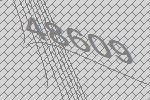
48609